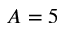
A = 5